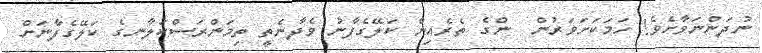
ނުދަންނަވާށެވެ! ހަމަކަށަވަރުން  ންގެ ތެރެއިން ކަލޭގެފާނު ވެދާނެތީ ތިމަންރަސްކަލާނގެ ކަލޭގެފާނަށް